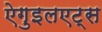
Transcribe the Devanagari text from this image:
ऐगुइलएट्स